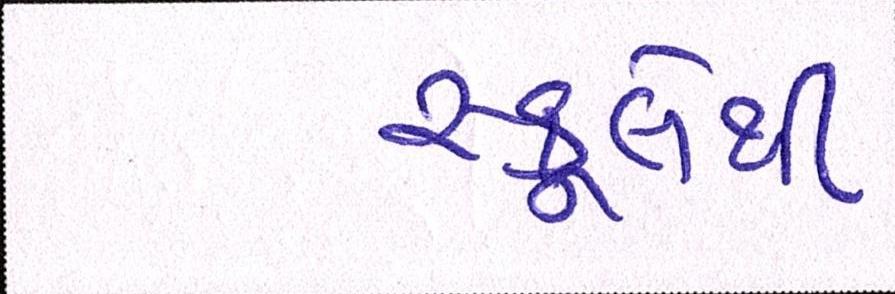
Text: સ્કૂલેથી